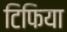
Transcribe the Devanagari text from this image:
टिफिया